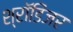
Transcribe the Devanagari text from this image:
श्रॉडिंजर